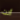
أنت